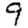
Digit: 9